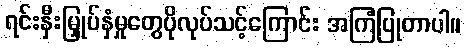
ရင်းနှီးမြှုပ်နှံမှုတွေပိုလုပ်သင့်ကြောင်း အကြံပြုတာပါ။